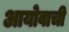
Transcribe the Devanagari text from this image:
आयोवाची